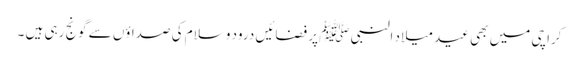
کراچی میں بھی عید میلاد النبی ﷺ پر فضائیں درود وسلام کی صداؤں سے گونج رہی ہیں ۔